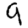
Digit: 9